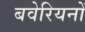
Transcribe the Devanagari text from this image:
बवेरियनों